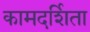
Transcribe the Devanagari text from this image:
कामदर्शिता